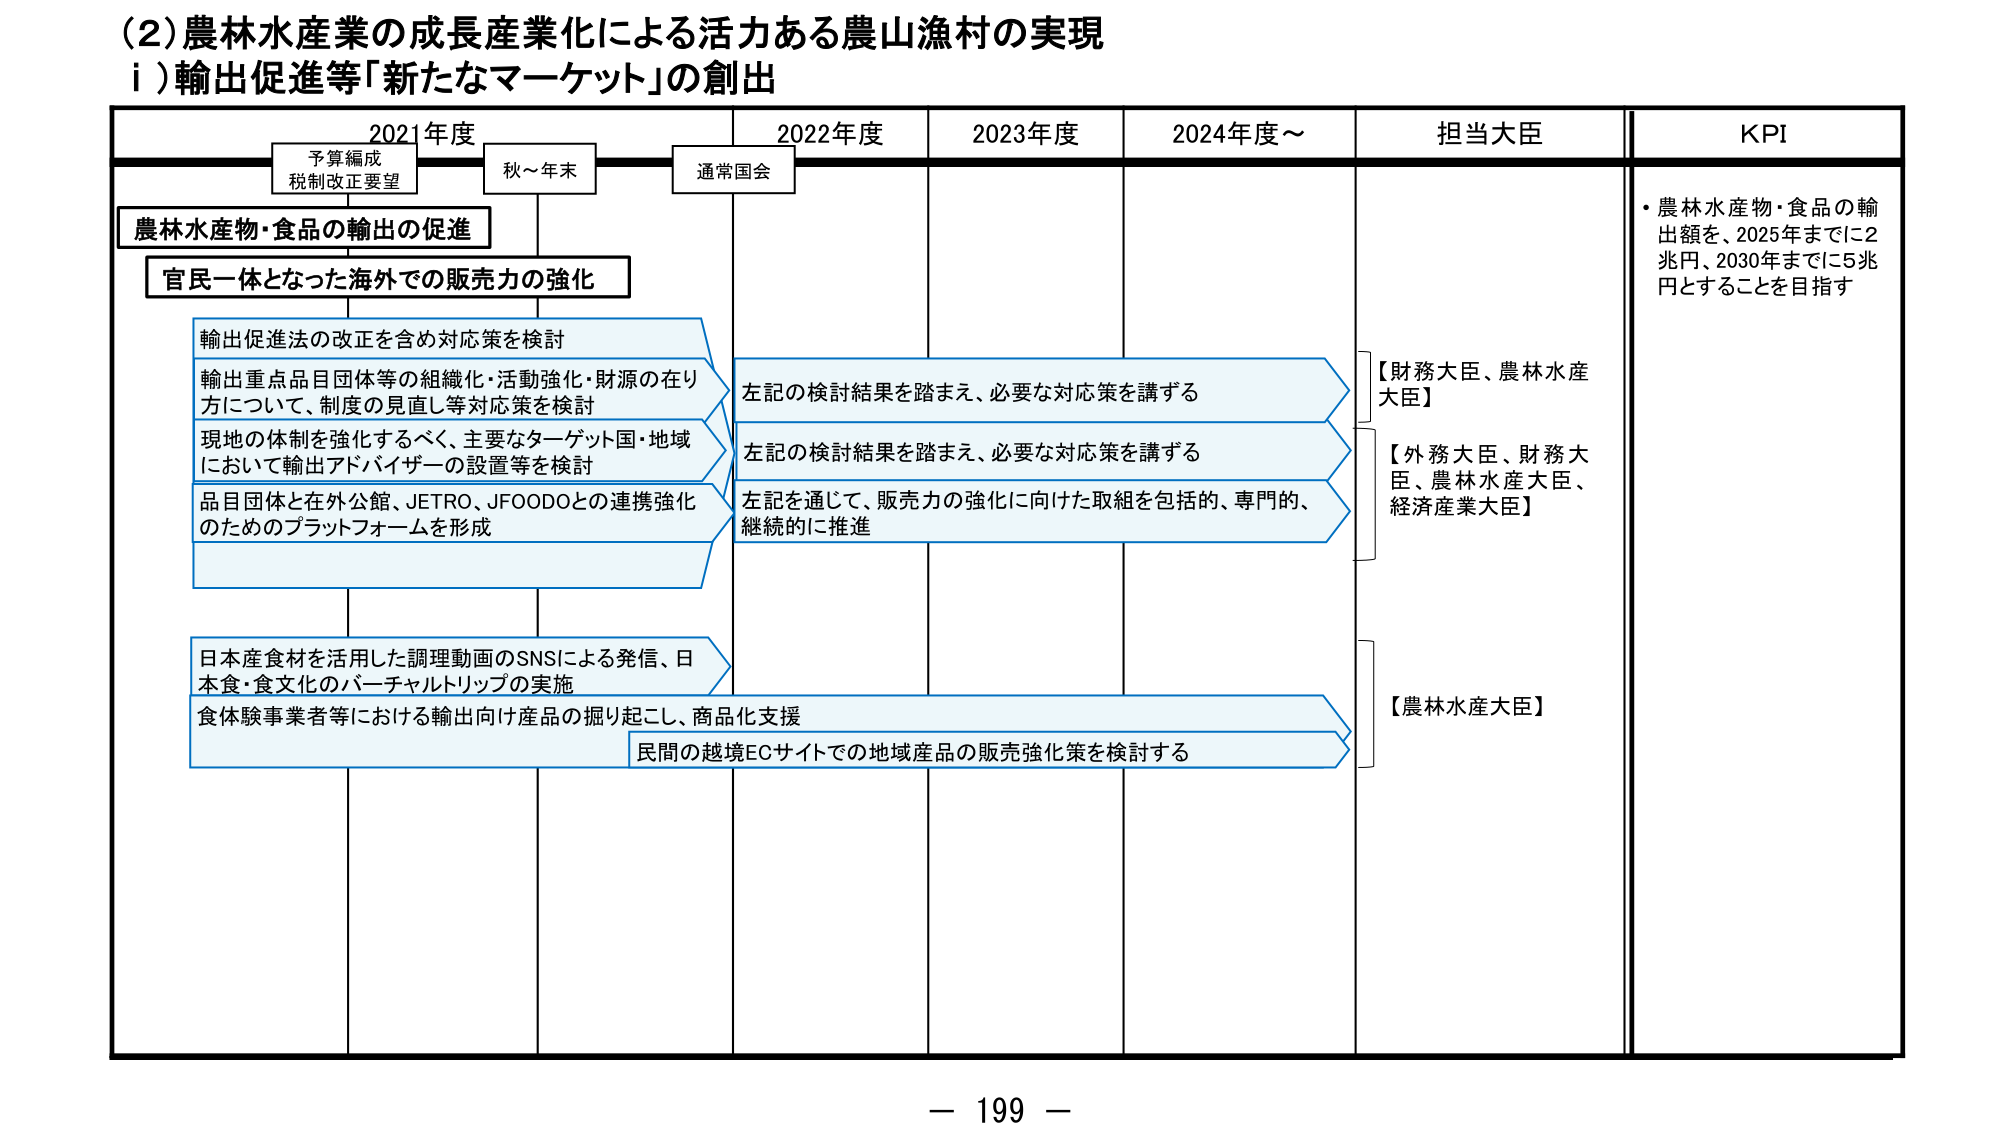
(2) 農林水産業の成長産業化による活力ある農山漁村の実現
ⅰ）輸出促進等「新たなマーケット」の創出

2021年度　　　　　2022年度　　　2023年度　　　2024年度～　　　担当大臣　　　　KPI

予算編成
税制改正要望　　　　　秋～年末　　　　　通常国会

農林水産物・食品の輸出の促進
官民一体となった海外での販売力の強化

輸出促進法の改正を含め対応策を検討
輸出重点品目団体等の組織化・活動強化・財源の在り方について、制度の見直し等対応策を検討
現地の体制を強化するべく、主要なターゲット国・地域において輸出アドバイザーの設置等を検討
品目団体と在外公館、JETRO、JFOODOとの連携強化のためのプラットフォームを形成

左記の検討結果を踏まえ、必要な対応策を講ずる
左記の検討結果を踏まえ、必要な対応策を講ずる
左記を通じて、販売力の強化に向けた取組を包括的、専門的、継続的に推進

日本産食材を活用した調理動画のSNSによる発信、日本食・食文化のバーチャルトリップの実施
食体験事業者等における輸出向け産品の掘り起こし、商品化支援
民間の越境ECサイトでの地域産品の販売強化策を検討する

【財務大臣、農林水産大臣】
【外務大臣、財務大臣、農林水産大臣、経済産業大臣】
【農林水産大臣】

・農林水産物・食品の輸出額を、2025年までに2兆円、2030年までに5兆円とすることを目指す

－ 199 －